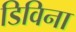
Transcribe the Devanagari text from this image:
डिविना